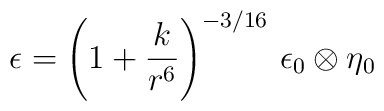
\epsilon   =   \left( 1+\frac{k}{r^6}\right)^{-3/16} \, \epsilon_0\otimes \eta_0